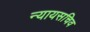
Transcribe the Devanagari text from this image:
न्यायसचिव